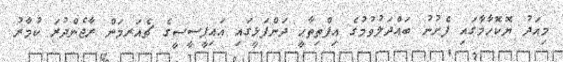
މިއަދު ޔޮކޮހާމާގައި ފެށުނު ބައްދަލުވުމުގެ އިފްތިތާޙީ ދަންފަޅީގައި އައިޕީސީސީގެ ޗެއަރމަން ރާޖެންދުރަ ކުމާރު